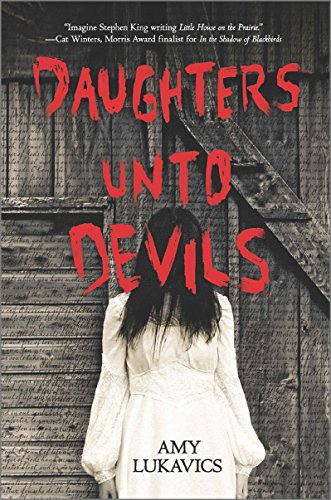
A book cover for Daughters unto Devils (Harlequin Teen); Amy Lukavics; Teen & Young Adult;